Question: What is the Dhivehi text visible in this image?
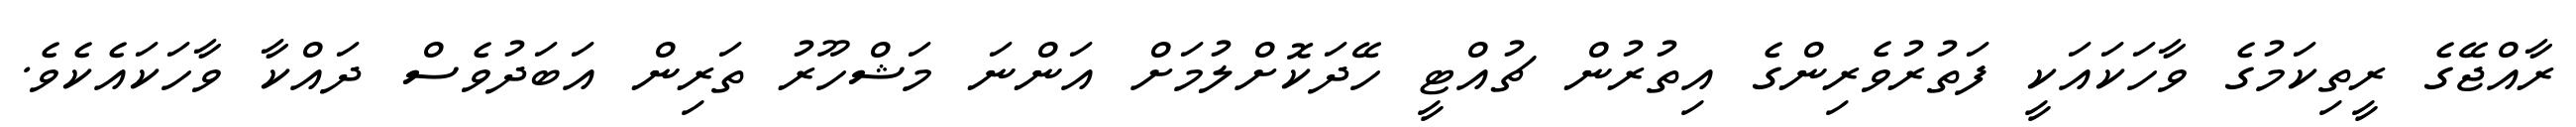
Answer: ރާއްޖޭގެ ރީތިކަމުގެ ވާހަކައަކީ ފަތުރުވެރިންގެ އިތުރުން ޗުއްޓީ ހޭދަކޮށްލުމަށް އަންނަ މަޝްހޫރު ތަރިން އަބަދުވެސް ދައްކާ ވާހަކައެކެވެ.